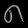
Digit: ၈